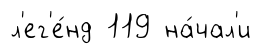
л'ег'е́нд 119 на́чал'и